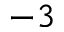
^ { - 3 }